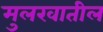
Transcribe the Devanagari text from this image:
मुलखातील